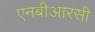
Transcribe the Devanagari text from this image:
एनबीआरसी